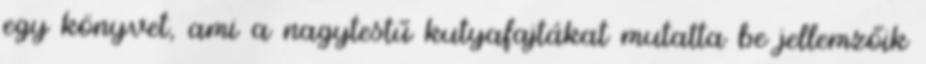
egy könyvet, ami a nagytestű kutyafajtákat mutatta be jellemzőik